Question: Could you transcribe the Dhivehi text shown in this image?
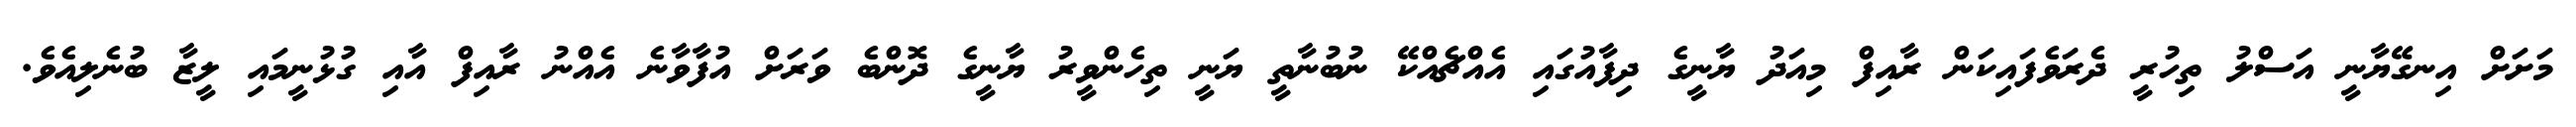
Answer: މަށަށް އިނގޭޔާނީ އަސްލު ތިހުރީ ދެރަވެފައިކަން ރާއިފް މިއަދު ޔާނީގެ ދިފާއުގައި އެއްޗެއްކޭ ނުބުނާތީ ޔަނީ ތިހެންވީރު ޔާނީގެ ދޮންބެ ވަރަށް އުފާވާނެ އެއްނު ރާއިފް އާއި ގުޅުނީމައި ލީޒާ ބުނެލިއެވެ.